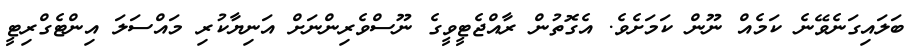
ބަލައިގަނެވޭނެ ކަމެއް ނޫން ކަމަށެވެ. އެގޮތުން ރާއްޖެޓީވީގެ ނޫސްވެރިންނަށް އަނިޔާކުރި މައްސަލަ އިންޓެގްރިޓީ